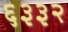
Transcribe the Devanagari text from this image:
६३३२